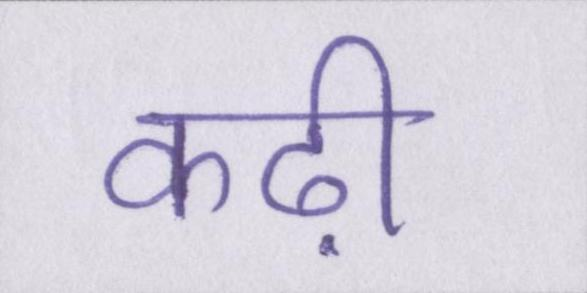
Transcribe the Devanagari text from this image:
कढ़ी